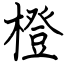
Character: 橙